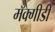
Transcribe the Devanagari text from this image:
मॅक्गीडी